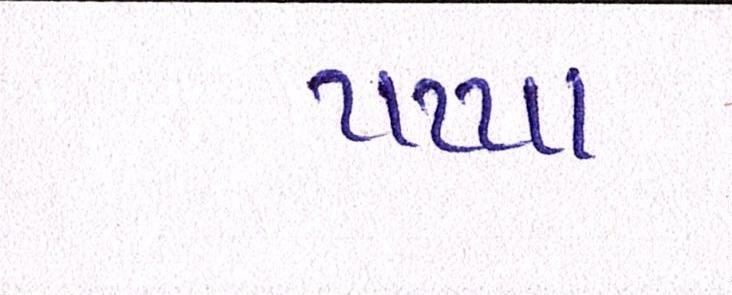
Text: પપ્પા